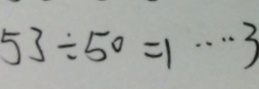
5 3 \div 5 0 = 1 \cdots 3